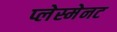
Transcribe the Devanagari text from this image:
प्लेस्मेनट